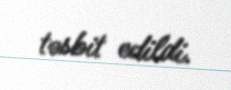
təsbit edildi.